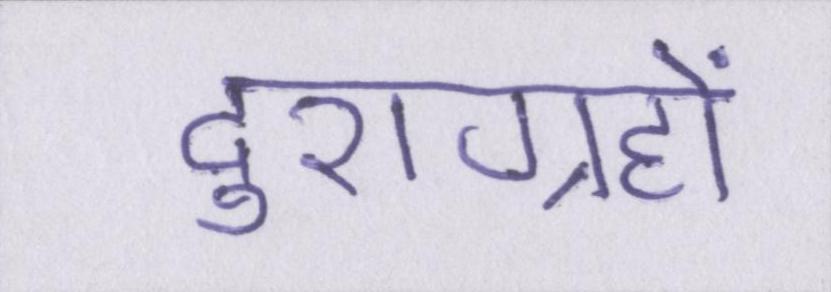
दुराग्रहों